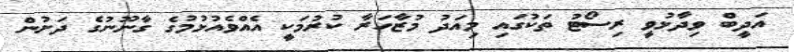
އަދީބް ވިދާޅުވީ ރިސޯޓު ތަކުގައި މިއަދު މުޒާހަރާ ކުރުމަކީ އެއްވެއުޅުމުގެ ގާނޫނުގެ ދަށުން